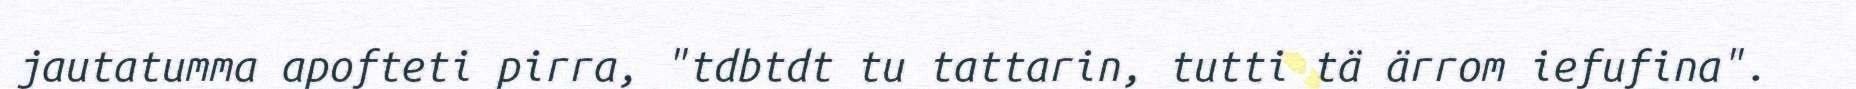
jautatumma apofteti pirra, "tdbtdt tu tattarin, tutti tä ärrom iefufina".